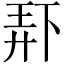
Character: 𫠯